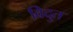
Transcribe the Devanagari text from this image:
विदुत